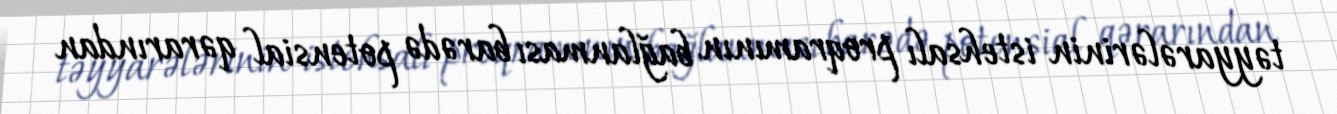
təyyarələrinin istehsalı proqramının bağlanması barədə potensial qərarından